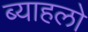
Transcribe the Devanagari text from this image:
ब्याहलो